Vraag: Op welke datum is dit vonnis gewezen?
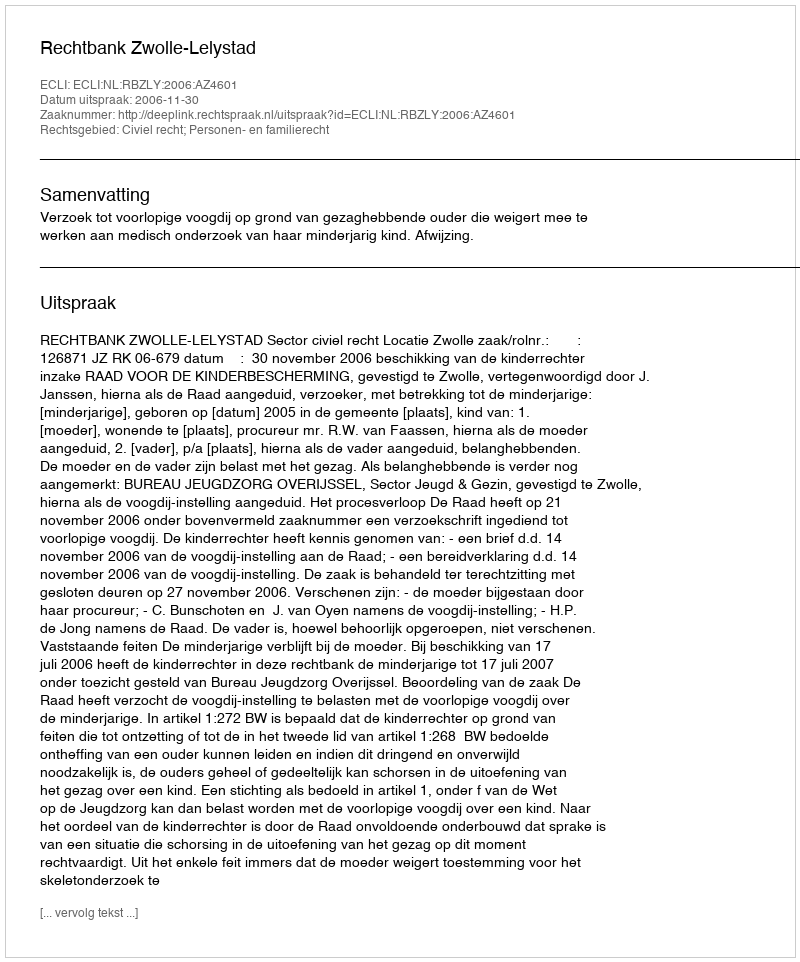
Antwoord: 2006-11-30